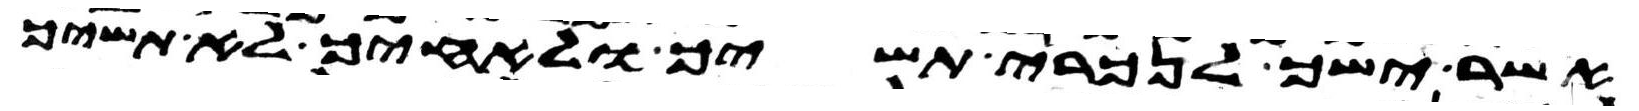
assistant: אשר ישך לנכרי תשיך ולאחיך לא תשיך